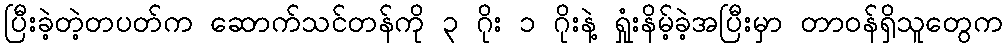
ပြီးခဲ့တဲ့တပတ်က ဆောက်သင်တန်ကို ၃ ဂိုး ၁ ဂိုးနဲ့ ရှုံးနိမ့်ခဲ့အပြီးမှာ တာဝန်ရှိသူတွေက